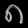
Digit: ၈